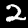
Label: 2